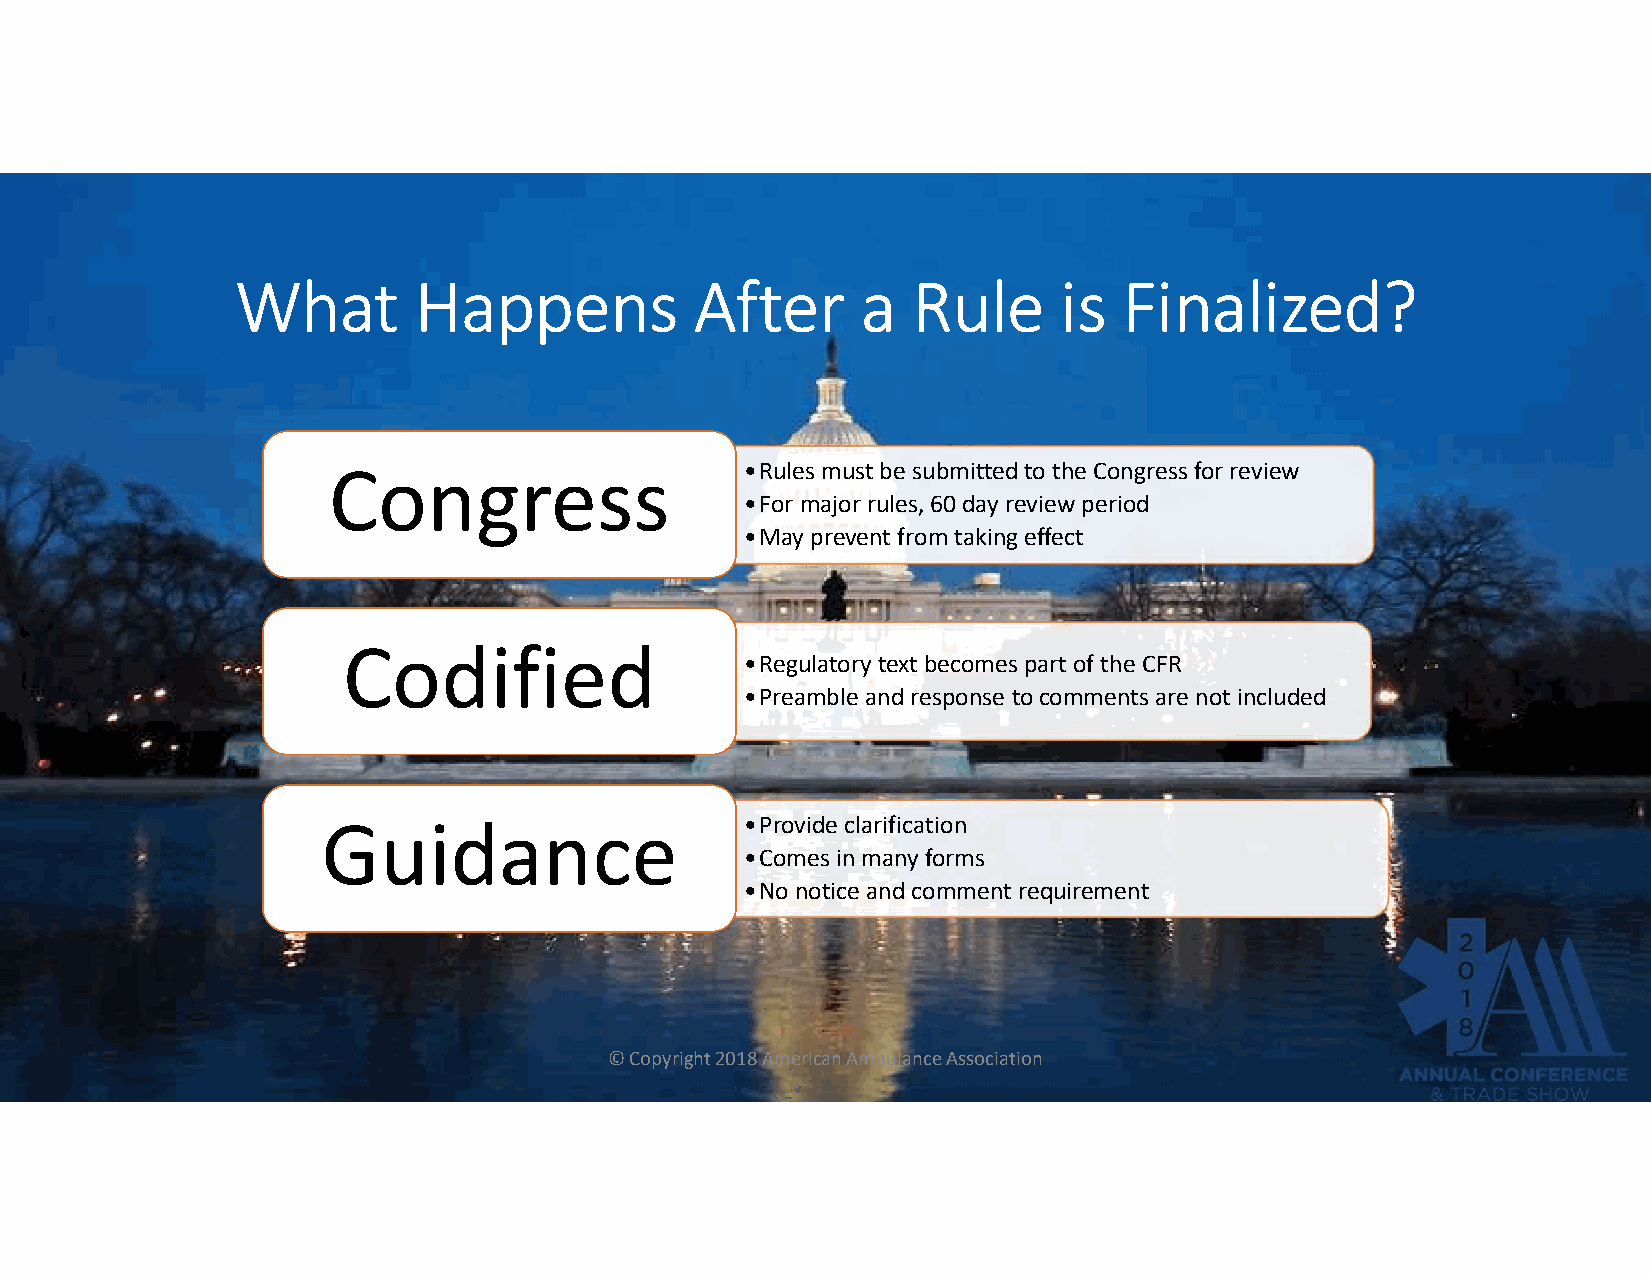
What       Happens            After      a  Rule      is  Finalized?
 Congress                   •Rules must be submitted to the Congress for review
 •For major rules, 60 day review period
 •May prevent from taking effect
 Codified
 •Regulatory text becomes part of the CFR
 •Preamble and response to comments are not included
 Guidance                    •Provide clarification
 •Comes in many forms
 •No notice and comment requirement
 © Copyright 2018 American Ambulance Association